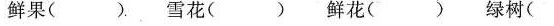
鲜果()雪花()鲜花()绿树()